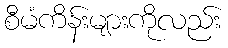
စီမံကိန်းများကိုလည်း